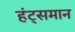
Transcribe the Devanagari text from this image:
हंट्समान